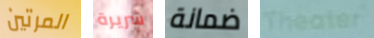
المرتين شريرة ضمانة Theater